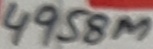
Text: 4958M